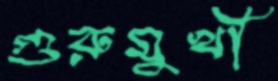
গুরুমুখী